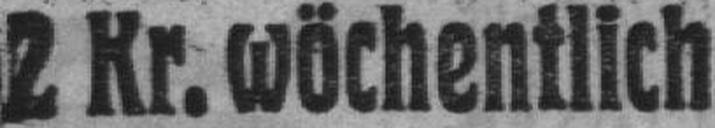
2 Kr. wöchentlich